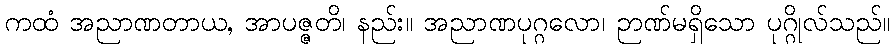
ကထံ အညာဏတာယ, အာပဇ္ဇတိ၊ နည်း။ အညာဏပုဂ္ဂလော၊ ဉာဏ်မရှိသော ပုဂ္ဂိုလ်သည်။